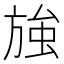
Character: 𭤽